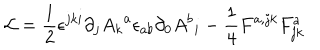
LaTeX: { \cal L } = { \frac { 1 } { 2 } } \epsilon ^ { j k i } \partial _ { j } { A _ { k } } ^ { a } \epsilon _ { a b } \partial _ { 0 } { { A ^ { b } } _ { i } } - \frac { 1 } { 4 } F ^ { a , j k } F _ { j k } ^ { a }